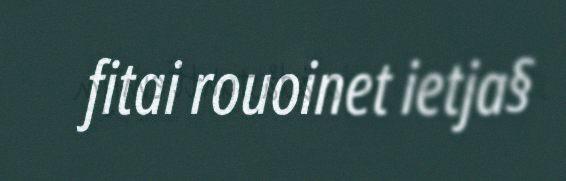
fitai rouoinet ietja§